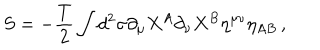
LaTeX: S = - \frac { T } { 2 } \int d ^ { 2 } \sigma \partial _ { \mu } X ^ { A } \partial _ { \nu } X ^ { B } \eta ^ { \mu \nu } \eta _ { A B } \, ,